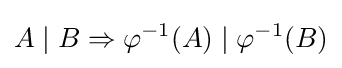
A\mid B\Rightarrow \varphi ^{-1}(A)\mid \varphi ^{-1}(B)